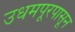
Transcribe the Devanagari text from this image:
उधमपूरपासून